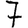
Digit: 7